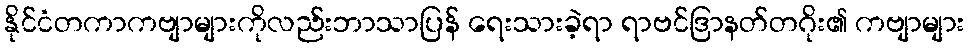
နိုင်ငံတကာကဗျာများကိုလည်းဘာသာပြန် ရေးသားခဲ့ရာ ရာဗင်ဒြာနတ်တဂိုး၏ ကဗျာများ